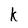
Character: k